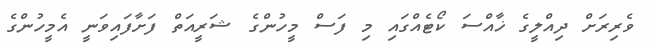
ވެރިރަށް ދިއްލީގެ ޚާއްސަ ކޯޓެއްގައި މި ފަސް މީހުންގެ ޝަރީއަތް ފަށާފައިވަނީ އެމީހުންގެ